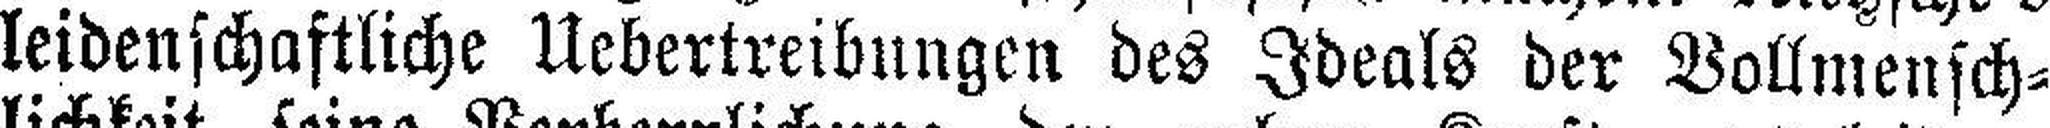
leidenschaftliche Uebertreibungen des Ideals der Vollmensch¬